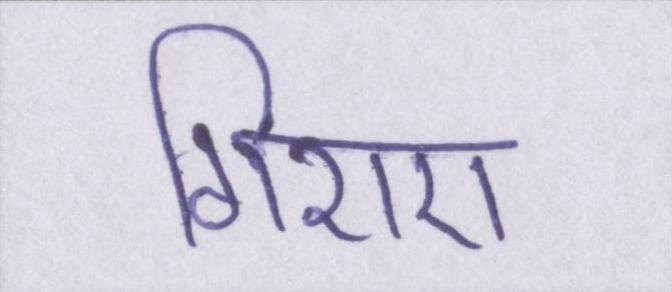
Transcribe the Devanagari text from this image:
गिराए